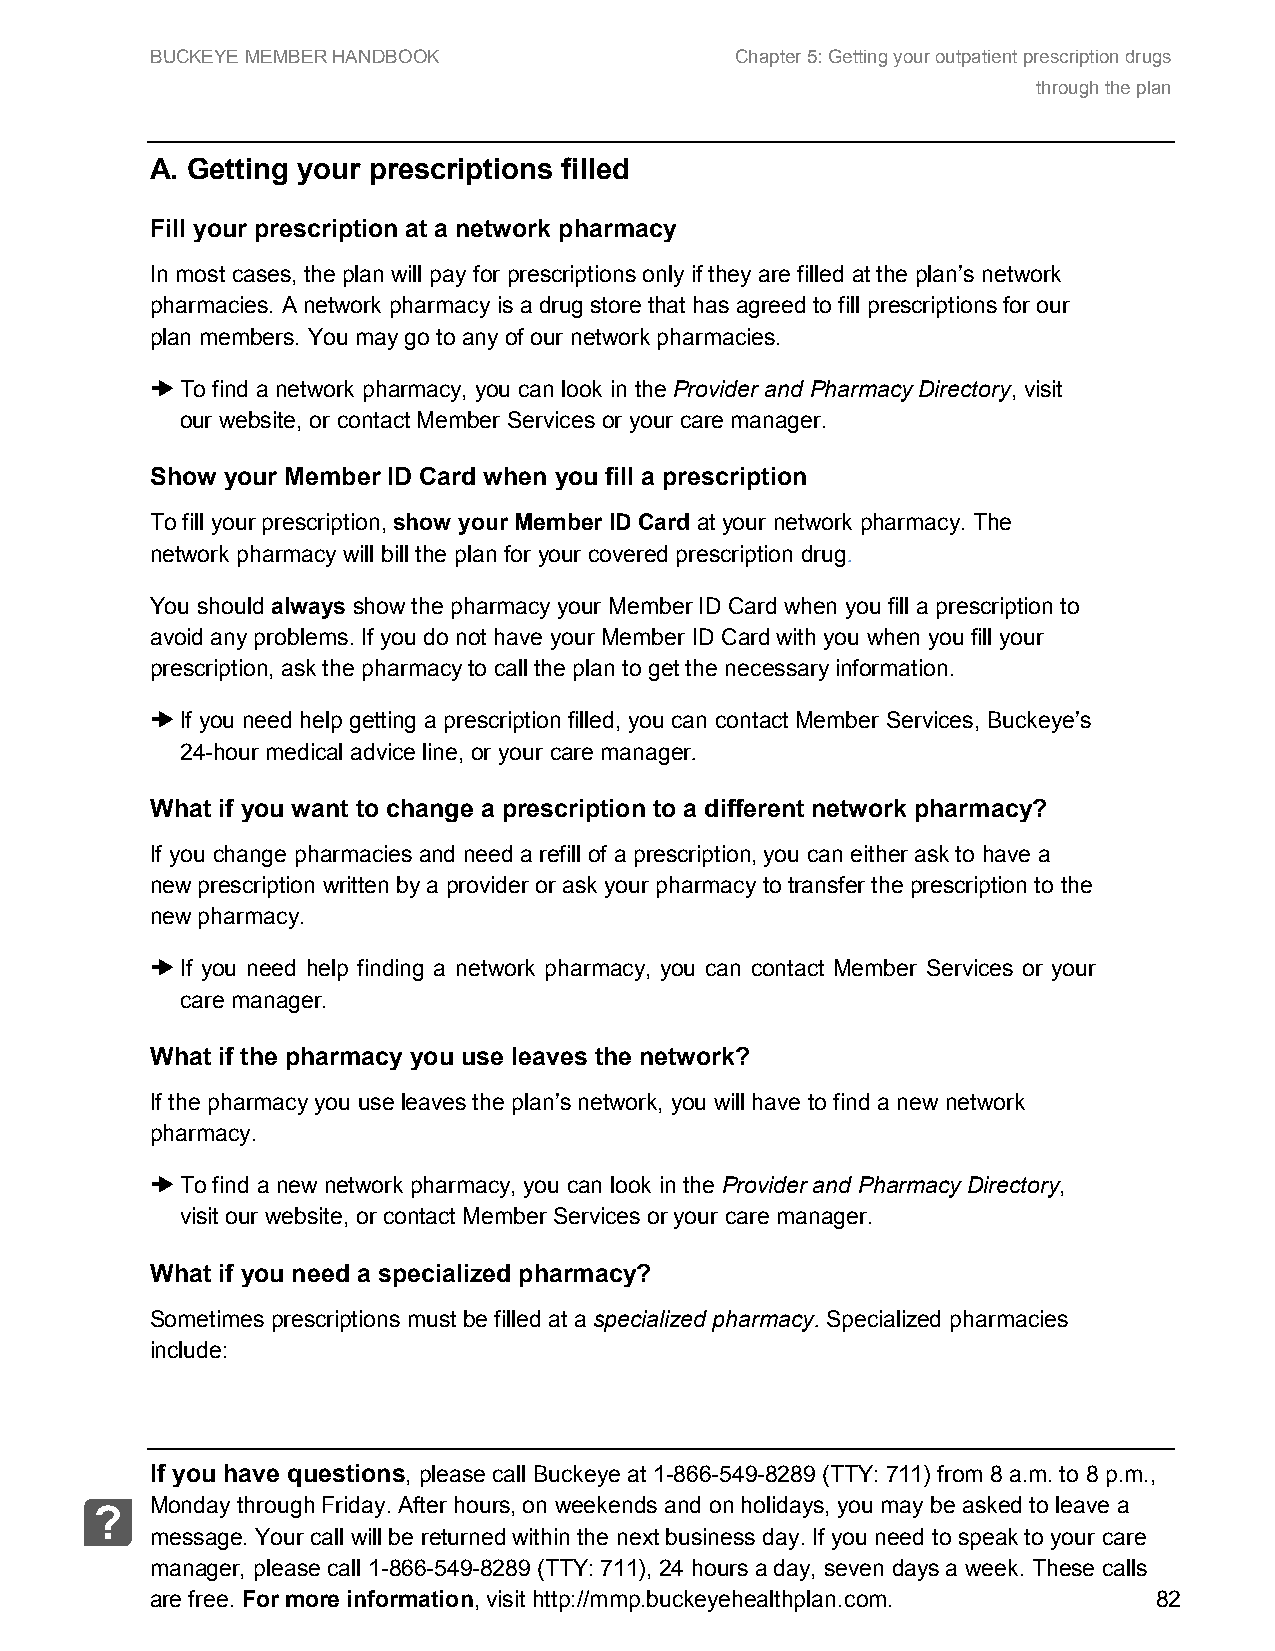
BUCKEYE MEMBER HANDBOOK                Chapter 5: Getting your outpatient prescription drugs
 through the plan
 A. Getting your prescriptions filled
 Fill your prescription at a network pharmacy
 In most cases, the plan will pay for prescriptions only if they are filled at the plan’s network
 pharmacies. A network pharmacy is a drug store that has agreed to fill prescriptions for our
 plan members. You may go to any of our network pharmacies.
 ➜ To find a network pharmacy, you can look in the Provider and Pharmacy Directory, visit
 our website, or contact Member Services or your care manager.
 Show your Member ID Card when you fill a prescription
 To fill your prescription, show your Member ID Card at your network pharmacy. The
 network pharmacy will bill the plan for your covered prescription drug.
 You should always show the pharmacy your Member ID Card when you fill a prescription to
 avoid any problems. If you do not have your Member ID Card with you when you fill your
 prescription, ask the pharmacy to call the plan to get the necessary information.
 ➜ If you need help getting a prescription filled, you can contact Member Services, Buckeye’s
 24-hour medical advice line, or your care manager.
 What if you want to change a prescription to a different network pharmacy?
 If you change pharmacies and need a refill of a prescription, you can either ask to have a
 new prescription written by a provider or ask your pharmacy to transfer the prescription to the
 new pharmacy.
 ➜ If you need help finding a network pharmacy, you can contact Member Services or your
 care manager.
 What if the pharmacy you use leaves the network?
 If the pharmacy you use leaves the plan’s network, you will have to find a new network
 pharmacy.
 ➜ To find a new network pharmacy, you can look in the Provider and Pharmacy Directory,
 visit our website, or contact Member Services or your care manager.
 What if you need a specialized pharmacy?
 Sometimes prescriptions must be filled at a specialized pharmacy. Specialized pharmacies
 include:
 If you have questions, please call Buckeye at 1-866-549-8289 (TTY: 711) from 8 a.m. to 8 p.m.,
 Monday through Friday. After hours, on weekends and on holidays, you may be asked to leave a
 ?
 message. Your call will be returned within the next business day. If you need to speak to your care
 manager, please call 1-866-549-8289 (TTY: 711), 24 hours a day, seven days a week. These calls
 are free. For more information, visit http://mmp.buckeyehealthplan.com. 82